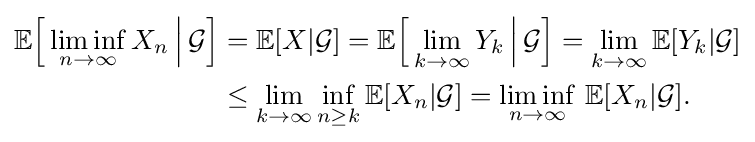
{\begin{aligned}\mathbb {E} {\Bigl [}\liminf _{n\to \infty }X_{n}\,{\Big |}\,{\mathcal {G}}{\Bigr ]}&=\mathbb {E} [X|{\mathcal {G}}]=\mathbb {E} {\Bigl [}\lim _{k\to \infty }Y_{k}\,{\Big |}\,{\mathcal {G}}{\Bigr ]}=\lim _{k\to \infty }\mathbb {E} [Y_{k}|{\mathcal {G}}]\\&\leq \lim _{k\to \infty }\inf _{n\geq k}\mathbb {E} [X_{n}|{\mathcal {G}}]=\liminf _{n\to \infty }\,\mathbb {E} [X_{n}|{\mathcal {G}}].\end{aligned}}